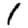
Digit: 1